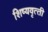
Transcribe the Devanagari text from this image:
शिष्‍यवृत्‍ती